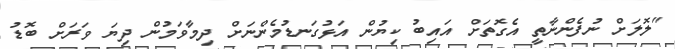
"ލޮލަށް ނުފެންނާތީ އެގޮތަށް އައިބު ކިޔުން އަޅުގަނޑުމެންނަށް ދިމާވަމުން ދިޔަ ވަރަށް ބޮޑު